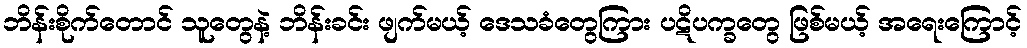
ဘိန်းစိုက်တောင် သူတွေနဲ့ ဘိန်းခင်း ဖျက်မယ့် ဒေသခံတွေကြား ပဋိပက္ခတွေ ဖြစ်မယ့် အရေးကြောင့်